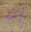
إن